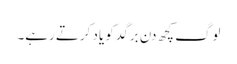
لوگ کچھ دن برگد کو یاد کرتے رہے۔